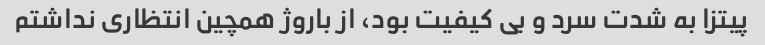
پیتزا به شدت سرد و بی کیفیت بود، از باروژ همچین انتظاری نداشتم